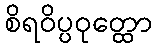
စိရဝိပ္ပဝုတ္ထော